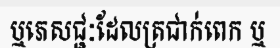
ឬភេសជ្ជៈដែលត្រជាក់ពេក ឬ